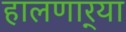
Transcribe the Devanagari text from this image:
हालणार्‍या